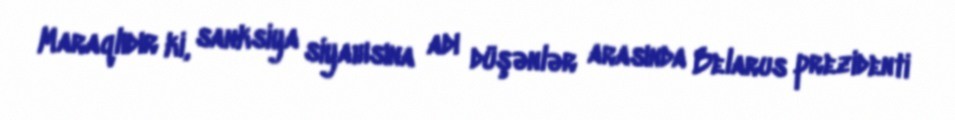
Maraqlıdır ki, sanksiya siyahısına adı düşənlər arasında Belarus prezidenti